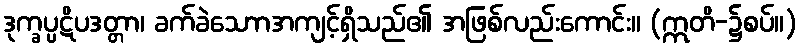
ဒုက္ခပ္ပဋိပဒတ္တာ၊ ခက်ခဲသောာအကျင့်ရှိသည်၏ အဖြစ်လည်းကောင်း။ (ဣတိ-၌စပ်။)